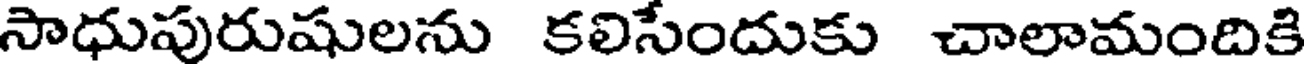
సాధుపురుషులను కలిసేందుకు చాలామందికి